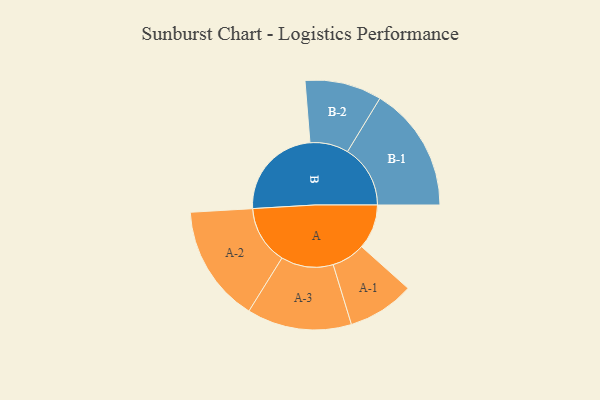
{"axis": {"x": "Segment", "y": "Value"}, "legend": ["", "A", "B"], "data": [{"x": "A", "y": 213, "type": ""}, {"x": "B", "y": 452, "type": ""}, {"x": "A-1", "y": 159, "type": "A"}, {"x": "A-2", "y": 279, "type": "A"}, {"x": "A-3", "y": 249, "type": "A"}, {"x": "B-1", "y": 299, "type": "B"}, {"x": "B-2", "y": 183, "type": "B"}]}